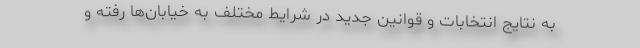
به نتایج انتخابات و قوانین جدید در شرایط مختلف به خیابان‌ها رفته و